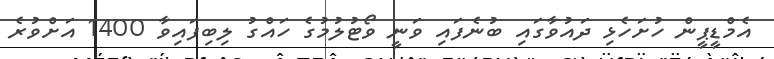
އެމްޑީޕީން ހުށަހެޅި ދައުވާގައި ބުނެފައި ވަނީ ވޯޓުލުމުގެ ހައްގު ލިބިފައިވާ 1400 އަށްވުރެ